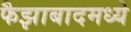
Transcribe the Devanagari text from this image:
फैझाबादमध्ये